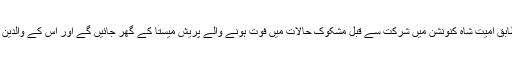
موصولہ اطلاع کے مطابق امیت شاہ کنونشن میں شرکت سے قبل مشکوک حالات میں فوت ہونے والے پریش میستا کے گھر جائیں گے اور اس کے والدین سے ملاقات کریں گے۔